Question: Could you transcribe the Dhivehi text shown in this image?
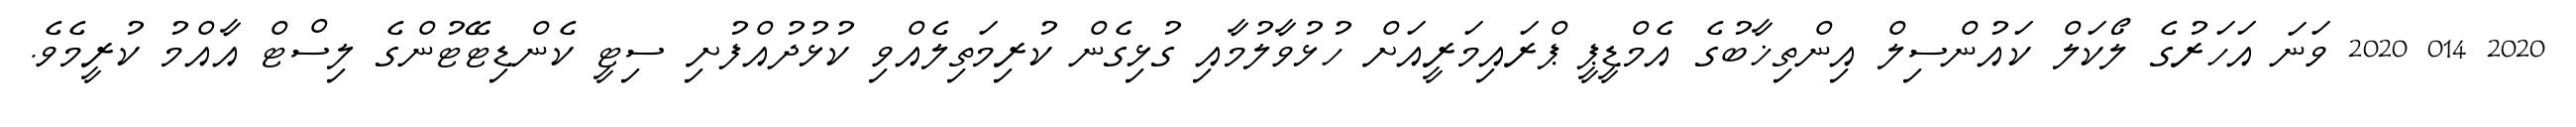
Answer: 2020 014 2020 ވަނަ އަހަރުގެ ލޯކަލް ކައުންސިލް އިންތިޚާބުގެ އެމްޑީޕީ ޕްރައިމަރީއަށް ހުޅުވާލުމާއި ގުޅިގެން ކުރިމަތިލެއްވި ކުޅުދުއްފުށި ސިޓީ ކެންޑިޓޭޓުންގެ ލިސްޓް އާއްމު ކުރީމެވެ.